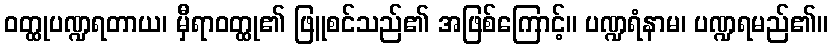
ဝတ္ထုပဏ္ဍရတာယ၊ မှီရာဝတ္ထု၏ ဖြူစင်သည်၏ အဖြစ်ကြောင့်။ ပဏ္ဍရံနာမ၊ ပဏ္ဍရမည်၏။